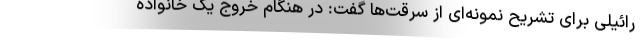
رائیلی برای تشریح نمونه‌ای از سرقت‌ها گفت: در هنگام خروج یک خانواده